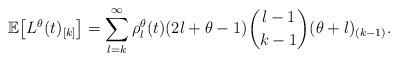
LaTeX: \begin{align*}\mathbb{E}\big [L^\theta(t)_{[k]}\big ]=\sum_{l=k}^\infty\rho_l^\theta(t)(2l+\theta-1){l-1\choose k-1}(\theta+l)_{(k-1)}.\end{align*}